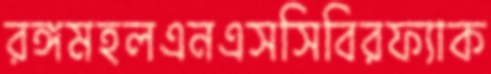
রঙ্গমহলএনএসসিবিরফ্যাক